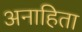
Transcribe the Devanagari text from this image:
अनाहिता